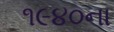
૧૯૪૦ના